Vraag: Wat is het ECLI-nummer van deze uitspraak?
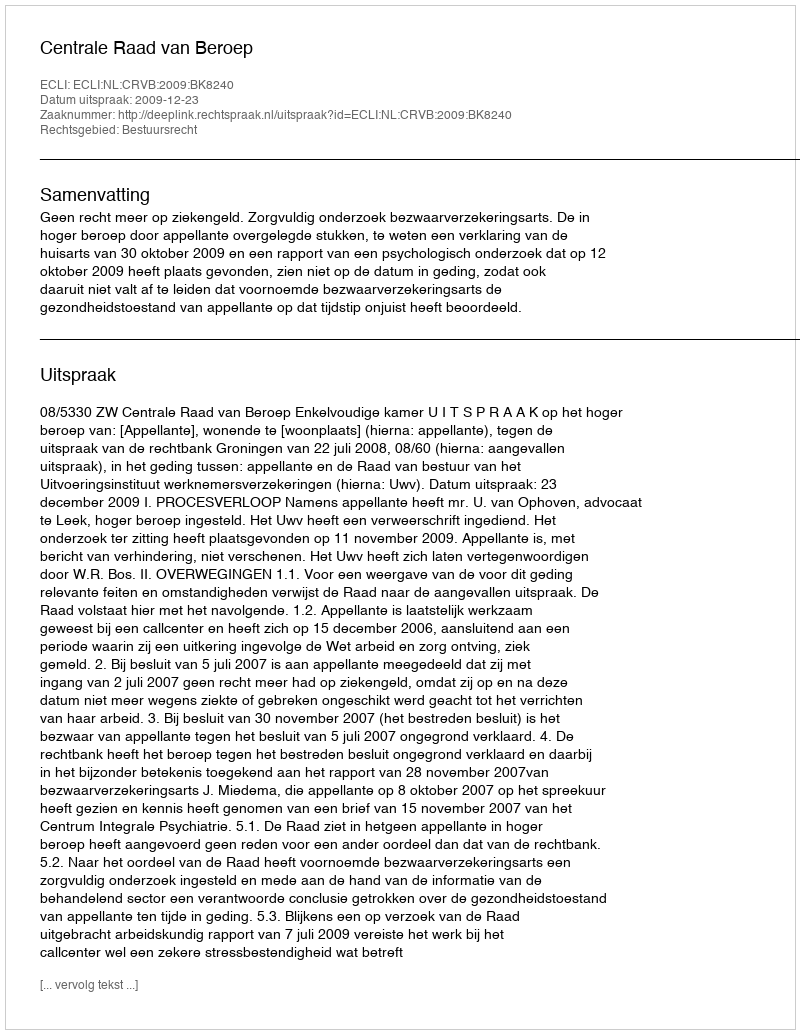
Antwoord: ECLI:NL:CRVB:2009:BK8240